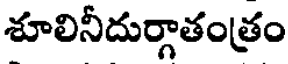
శూలినీదుర్గాతంత్రం